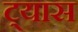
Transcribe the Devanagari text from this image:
ट्यास